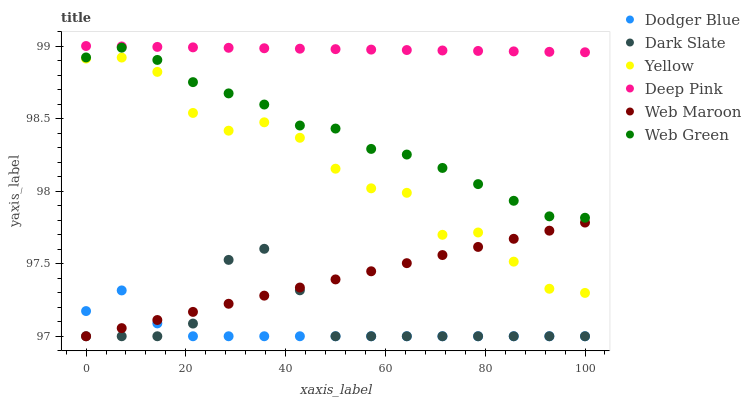
| xaxis_label | Dodger Blue | Dark Slate | Yellow | Deep Pink | Web Maroon | Web Green |
 | --- | --- | --- | --- | --- | --- | --- |
 | 0 | 97.2 | 97 | 98.9 | 99 | 97 | 98.9 |
 | 7.14 | 97.3 | 97 | 98.9 | 99 | 97.1 | 99 |
 | 14.3 | 97.1 | 97 | 98.8 | 99 | 97.1 | 98.9 |
 | 21.4 | 97 | 97.1 | 98.5 | 99 | 97.2 | 98.8 |
 | 28.6 | 97 | 97.5 | 98.4 | 99 | 97.2 | 98.7 |
 | 35.7 | 97 | 97.6 | 98.5 | 99 | 97.3 | 98.6 |
 | 42.9 | 97 | 97.3 | 98.4 | 99 | 97.3 | 98.5 |
 | 50 | 97 | 97 | 98.2 | 99 | 97.4 | 98.4 |
 | 57.1 | 97 | 97 | 98 | 99 | 97.4 | 98.3 |
 | 64.3 | 97 | 97 | 98 | 99 | 97.5 | 98.3 |
 | 71.4 | 97 | 97 | 97.7 | 99 | 97.6 | 98.2 |
 | 78.6 | 97 | 97 | 97.7 | 99 | 97.6 | 98 |
 | 85.7 | 97 | 97 | 97.5 | 99 | 97.7 | 97.9 |
 | 92.9 | 97 | 97 | 97.3 | 99 | 97.7 | 97.8 |
 | 100 | 97 | 97 | 97.3 | 99 | 97.8 | 97.8 |